Medical and sanitary report of the native army of Madras for the year
Year: 1875
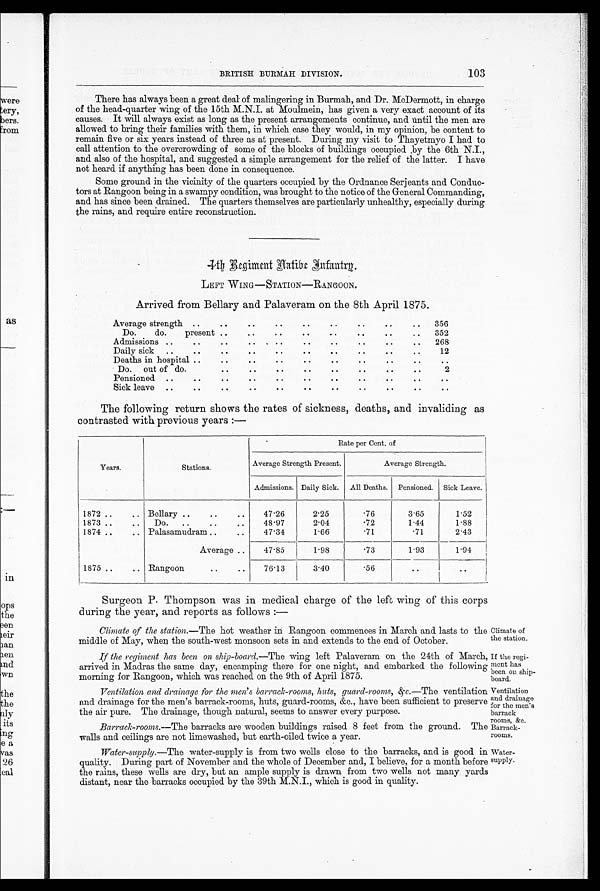
103
BRITISH BURMAH DIVISION.
There has always been a great deal of malingering in Burmah, and Dr. McDermott, in charge
of the head-quarter wing of the 15th M.N.I. at Moulmein, has given a very exact account of its
causes. It will always exist as long as the present arrangements continue, and until the men are
allowed to bring their families with them, in which case they would, in my opinion, be content to
remain five or six years instead of three as at present. During my visit to Thayetmyo I had to
call attention to the overcrowding of some of the blocks of buildings occupied by the 6th N.I.,
and also of the hospital, and suggested a simple arrangement for the relief of the latter. I have
not heard if anything has been done in consequence.
Some ground in the vicinity of the quarters occupied by the Ordnance Serjeants and Conduc-
tors at Rangoon being in a swampy condition, was brought to the notice of the General Commanding,
and has since been drained. The quarters themselves are particularly unhealthy, especially during
the rains, and require entire reconstruction.
4 t h R e g i m e n t N a t i v e I n f a n t r y .
LEFT WING—STATION—RANGOON.
Arrived from Bellary and Palaveram on the 8th April 1875.
Average strength • •
Do.
do.
present
• 0
..
• •
..
•1i
. .
..
110
..
• 4
•
..
..
•
. .
..
356
352
Admissions ..
..
Ile
• •
..
• .
..
..
268
Daily sick
..
• •
• •
• .
• .
• •
• •
• •
..
..
12
Deaths in hospital ..
fO
••
••
..
..
• .
..
..
. .
Do. out of do.
•.
..
• .
..
• .
• .
..
..
2
Pensioned •4
..
••
..
••
••
..
..
..
..
..
Sick leave ..
..
441
..
..
..
• •
..
..
• •
..
The following return shows the rates of sickness, deaths, and invaliding as
contrasted with previous years:—
Years .
Stations .
R a t e p e r C e n t . o f
Average Strength Present.
Average Strength.
Admissions. Daily Sick. All Deaths. Pensioned. Sick Leave.
1872 • .
.. Bellary ..
..
..
4 7 . 2 6
2-25
• 76
3.65
1.52
1873 ..
..
Do.
..
..
..
4 8 . 9 7
2.04
.72
1 . 4 4
1.88
1874 ..
.. Palasamudram ..
• .
47.34
1.66
-71
•71
2.43
Average ..
47.85
1.98
.73
1.93
1.94
1875 ..
.. Rangoon
..
..
76.13
3.40
• 56
• •
Surgeon P. Thompson was .in medical charge of the left wing of this corps
during the year, and reports as follows
:—
Climate of the station.—The hot weather in Rangoon commences in March and lasts to the Climate of
middle of May, when the south-west monsoon sets in and extends to the end of October.
the station.
If the regiment has been on ship-board.—The wing left Palaveram on the 24th of March, If the regi-
ship
arrived in Madras the same day, encamping there for one night, and embarked the following b
morning for Rangoon, which was reached on the 9th of April 1875.
board.
Ventilation and drainage for the men's barrack-rooms, huts, guard-rooms, &c.— The ventilation Ventilation
and drainage
and drainage for the men's barrack-rooms, huts, guard-rooms, &c., have been sufficient to preserve for the men s
the air pure. The drainage, though natural, seems to answer every purpose.
barrack
rooms, &c.
Barrack-rooms.— The barracks are wooden buildings raised 8 feet from the ground. The Barrack-
walls and ceilings are not limewashed, but earth-oiled twice a year.
rooms.
Water-supply.—The water-supply is from two wells close to the barracks, and is good in Water-
quality. During part of November and the whole of December and, I believe, for a month before supply.
the rains, these wells are dry, but an ample supply is drawn from two wells not many yards
distant, near the barracks occupied by the 39th M.N.I., which is good in quality.